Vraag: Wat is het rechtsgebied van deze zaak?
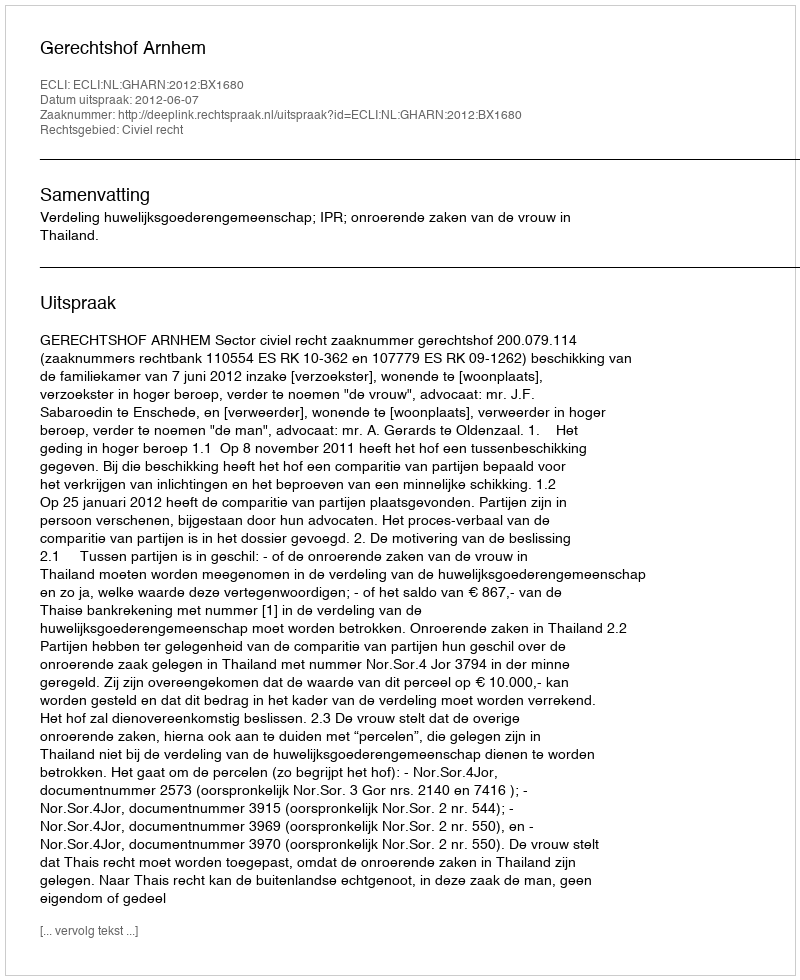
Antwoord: Civiel recht